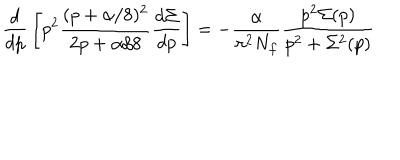
LaTeX: { \frac { d } { d p } } \left[ p ^ { 2 } \frac { ( p + \alpha / 8 ) ^ { 2 } } { 2 p + \alpha / 8 } \frac { d \Sigma } { d p } \right] = - \frac { \alpha } { \pi ^ { 2 } N _ { f } } \frac { p ^ { 2 } \Sigma ( p ) } { p ^ { 2 } + \Sigma ^ { 2 } ( p ) }